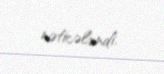
nəticələndi.